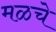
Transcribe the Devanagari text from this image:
मळचे